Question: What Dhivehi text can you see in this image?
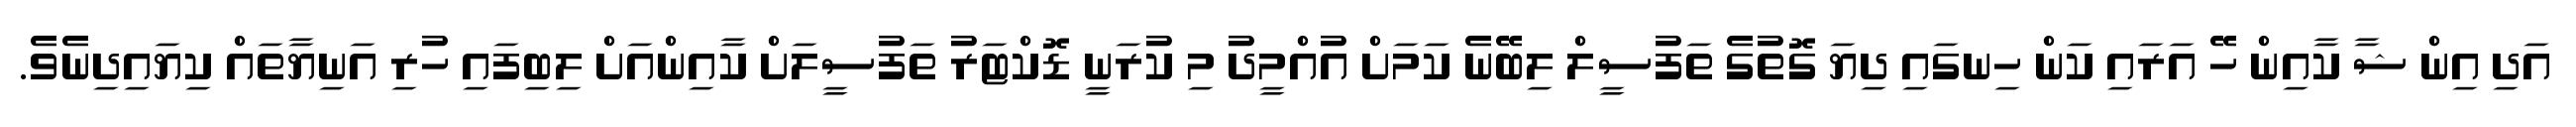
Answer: އަދި އިން ޝާ ކާއިން ހޭ އަރައި ކަން ހިނގައި ދިޔަ ގޮތުގެ ތަފުސީލް ލިބޭނެ ކަމަށް އުއްމީދު މި ކުރަނީ ޑޮކްޓަރު ތަފުސީލަށް ކާއިންއަށް ލިބިފައި ހުރި އަނިޔާތައް ކިޔައިދިނެވެ.